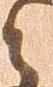
と